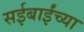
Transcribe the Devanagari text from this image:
सईबाईंच्या